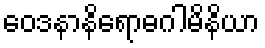
ဝေဒနာနိရောဓဂါမိနိယာ